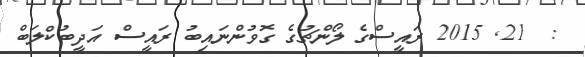
:  21